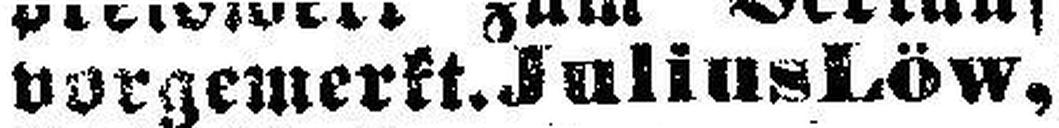
vorgemerkt. Julius Löw,